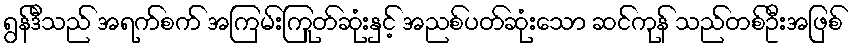
ရွန်ဒီသည် အရက်စက် အကြမ်းကြုတ်ဆုံးနှင့် အညစ်ပတ်ဆုံးသော ဆင်ကုန် သည်တစ်ဦးအဖြစ်